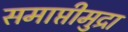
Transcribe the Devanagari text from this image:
समाप्तीमुद्रा